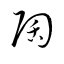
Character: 陶